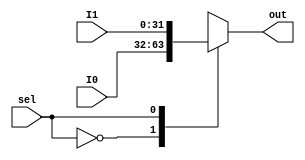
module MUX32bit2to1(
    input [31:0] I0,
    input [31:0] I1,
    input sel,

    output reg [31:0] out
);
always@ (*) begin 
        case(sel) 
            1'b0: out <= I0;
            1'b1: out <= I1;
        endcase
    end
endmodule